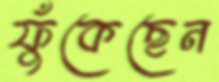
ফুঁকেছেন